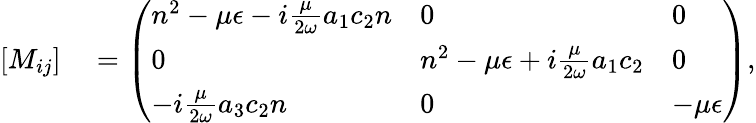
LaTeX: \begin{array}{rl}{[M_{ij}]}&{{}=\left(\begin{array}{lll}{n^{2}-\mu{\epsilon}-i\frac{\mu}{2\omega}a_{1}c_{2}n}&{0}&{0}\\ {0}&{n^{2}-\mu{\epsilon}+i\frac{\mu}{2\omega}a_{1}c_{2}}&{0}\\ {-i\frac{\mu}{2\omega}a_{3}c_{2}n}&{0}&{-\mu{\epsilon}}\end{array}\right),}\end{array}